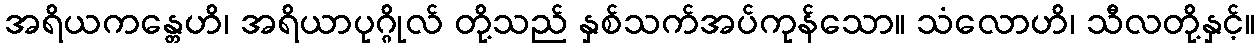
အရိယကန္တေဟိ၊ အရိယာပုဂ္ဂိုလ် တို့သည် နှစ်သက်အပ်ကုန်သော။ သံလောဟိ၊ သီလတို့နှင့်။